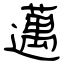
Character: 邁